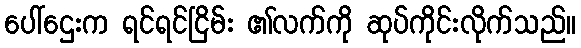
ပေါ်ဌေးက ရင်ရင်ငြိမ်း ၏လက်ကို ဆုပ်ကိုင်းလိုက်သည်။